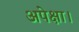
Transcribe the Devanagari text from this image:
अपेक्षा।